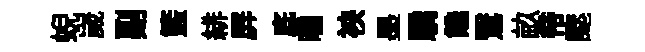
蜺嵗副籃緋屛底曛䘧墨驕饞鷖畝帝颸